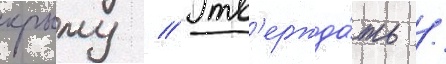
крыму // Утв'ержда́ть /